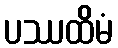
ပဿထိမံ